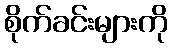
စိုက်ခင်းများကို